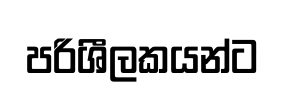
පරිශීලකයන්ට